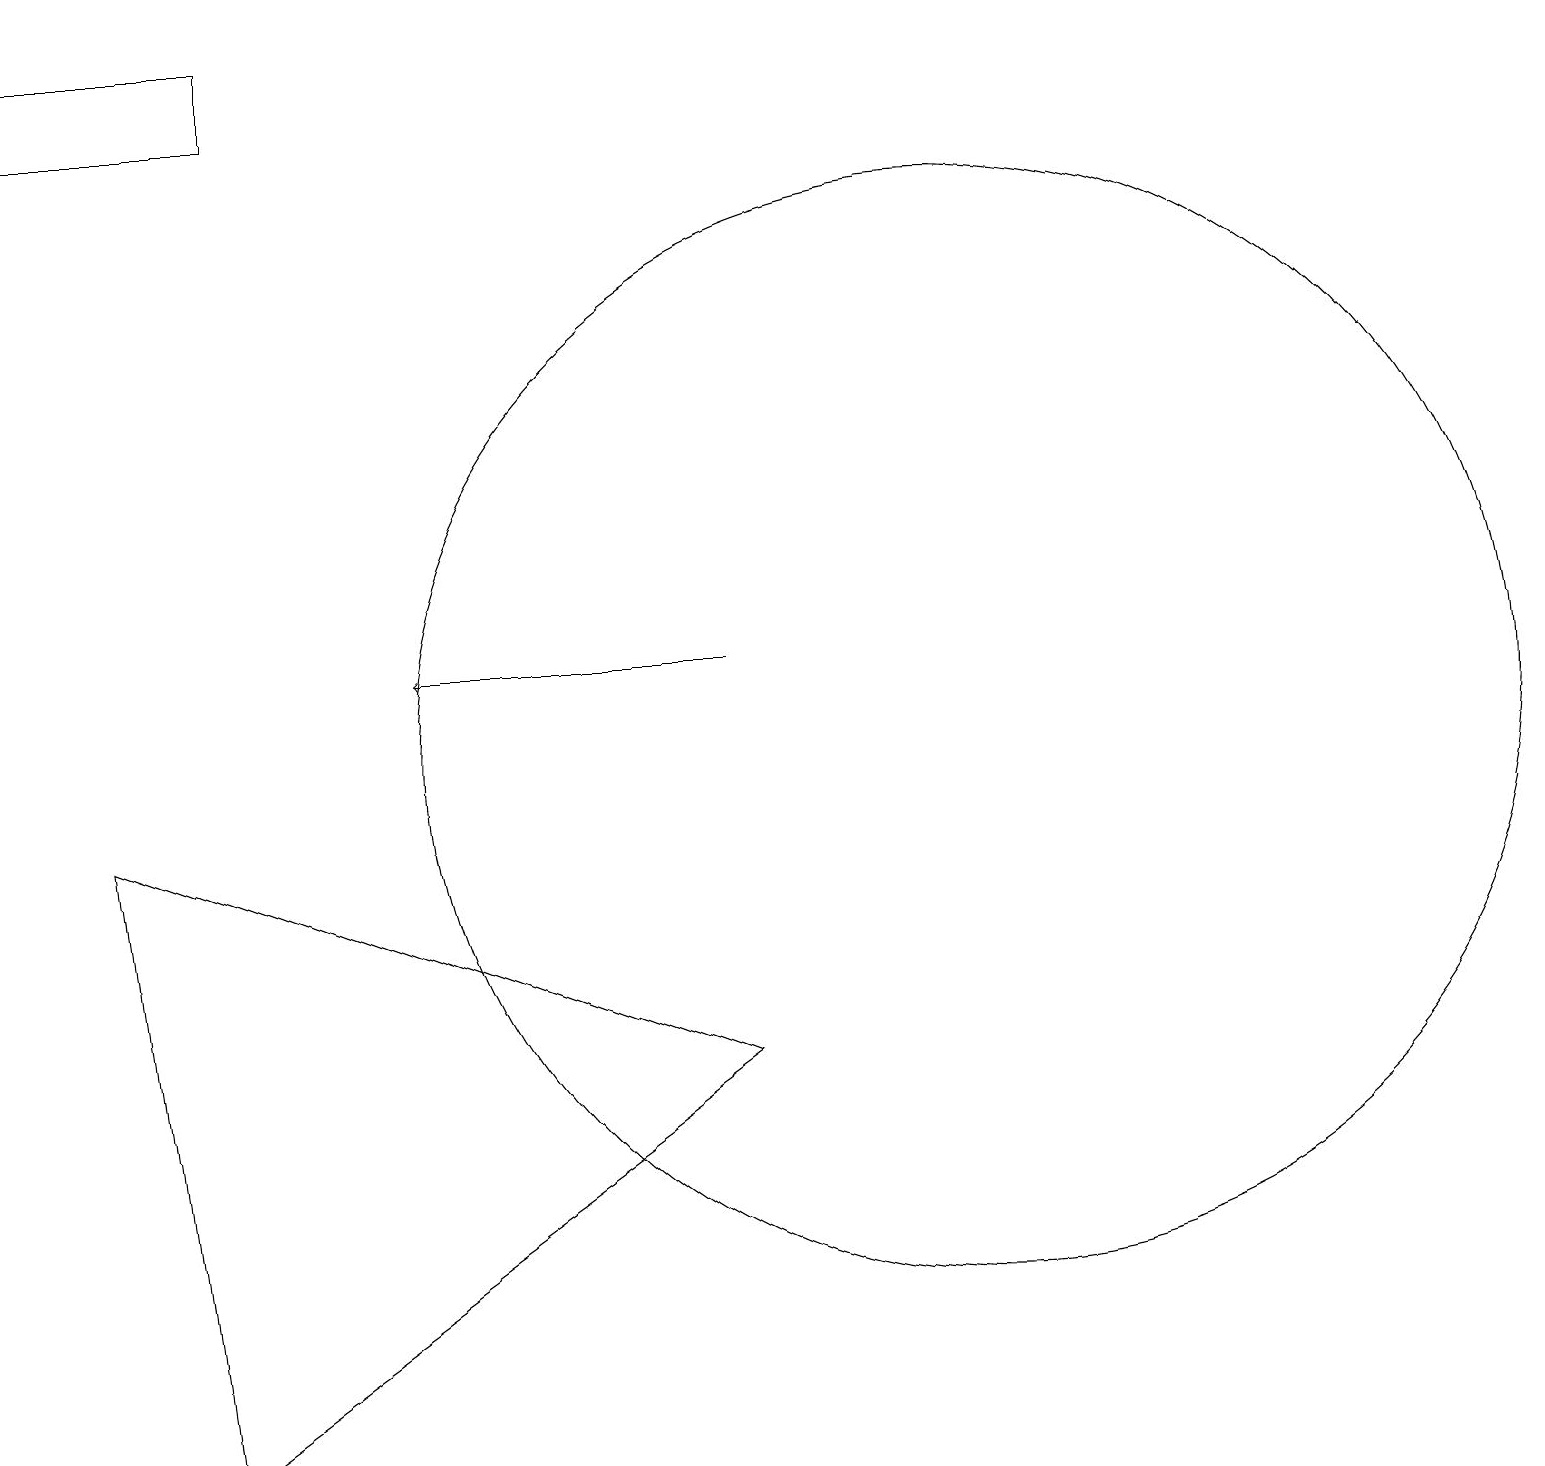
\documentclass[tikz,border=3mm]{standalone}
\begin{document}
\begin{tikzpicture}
\draw (3,19) rectangle (0,18);
\draw (10,11) circle (0);
\draw (9,6) -- (1,9) -- (2,1) -- cycle;
\draw (12,10) circle (7);
\draw[->] (9,11) -- (5,11);
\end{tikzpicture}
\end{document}